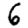
Digit: 6